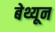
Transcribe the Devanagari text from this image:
बेथ्यून